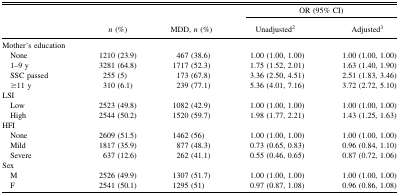
|  |  |  | <COLSPAN=2> OR (95% CI) |
 |  | n (%) | MDD, n (%) | Unadjusted2 | Adjusted3 |
 | --- | --- | --- | --- | --- |
 | Mother's education |  |  |  |  |
 | None | 1210 (23.9) | 467 (38.6) | 1.00 (1.00, 1.00) | 1.00 (1.00, 1.00) |
 | 1–9 y | 3281 (64.8) | 1717 (52.3) | 1.75 (1.52, 2.01) | 1.63 (1.40, 1.90) |
 | SSC passed | 255 (5) | 173 (67.8) | 3.36 (2.50, 4.51) | 2.51 (1.83, 3.46) |
 | ≥11 y | 310 (6.1) | 239 (77.1) | 5.36 (4.01, 7.16) | 3.72 (2.72, 5.10) |
 | LSI |  |  |  |  |
 | Low | 2523 (49.8) | 1082 (42.9) | 1.00 (1.00, 1.00) | 1.00 (1.00, 1.00) |
 | High | 2544 (50.2) | 1520 (59.7) | 1.98 (1.77, 2.21) | 1.43 (1.25, 1.63) |
 | HFI |  |  |  |  |
 | None | 2609 (51.5) | 1462 (56) | 1.00 (1.00, 1.00) | 1.00 (1.00, 1.00) |
 | Mild | 1817 (35.9) | 877 (48.3) | 0.73 (0.65, 0.83) | 0.96 (0.84, 1.10) |
 | Severe | 637 (12.6) | 262 (41.1) | 0.55 (0.46, 0.65) | 0.87 (0.72, 1.06) |
 | Sex |  |  |  |  |
 | M | 2526 (49.9) | 1307 (51.7) | 1.00 (1.00, 1.00) | 1.00 (1.00, 1.00) |
 | F | 2541 (50.1) | 1295 (51) | 0.97 (0.87, 1.08) | 0.96 (0.86, 1.08) |